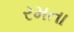
રમતા